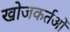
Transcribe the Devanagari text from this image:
खोजकर्तओं